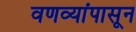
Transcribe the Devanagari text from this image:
वणव्यांपासून